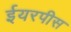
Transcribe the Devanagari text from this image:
ईयरपीस